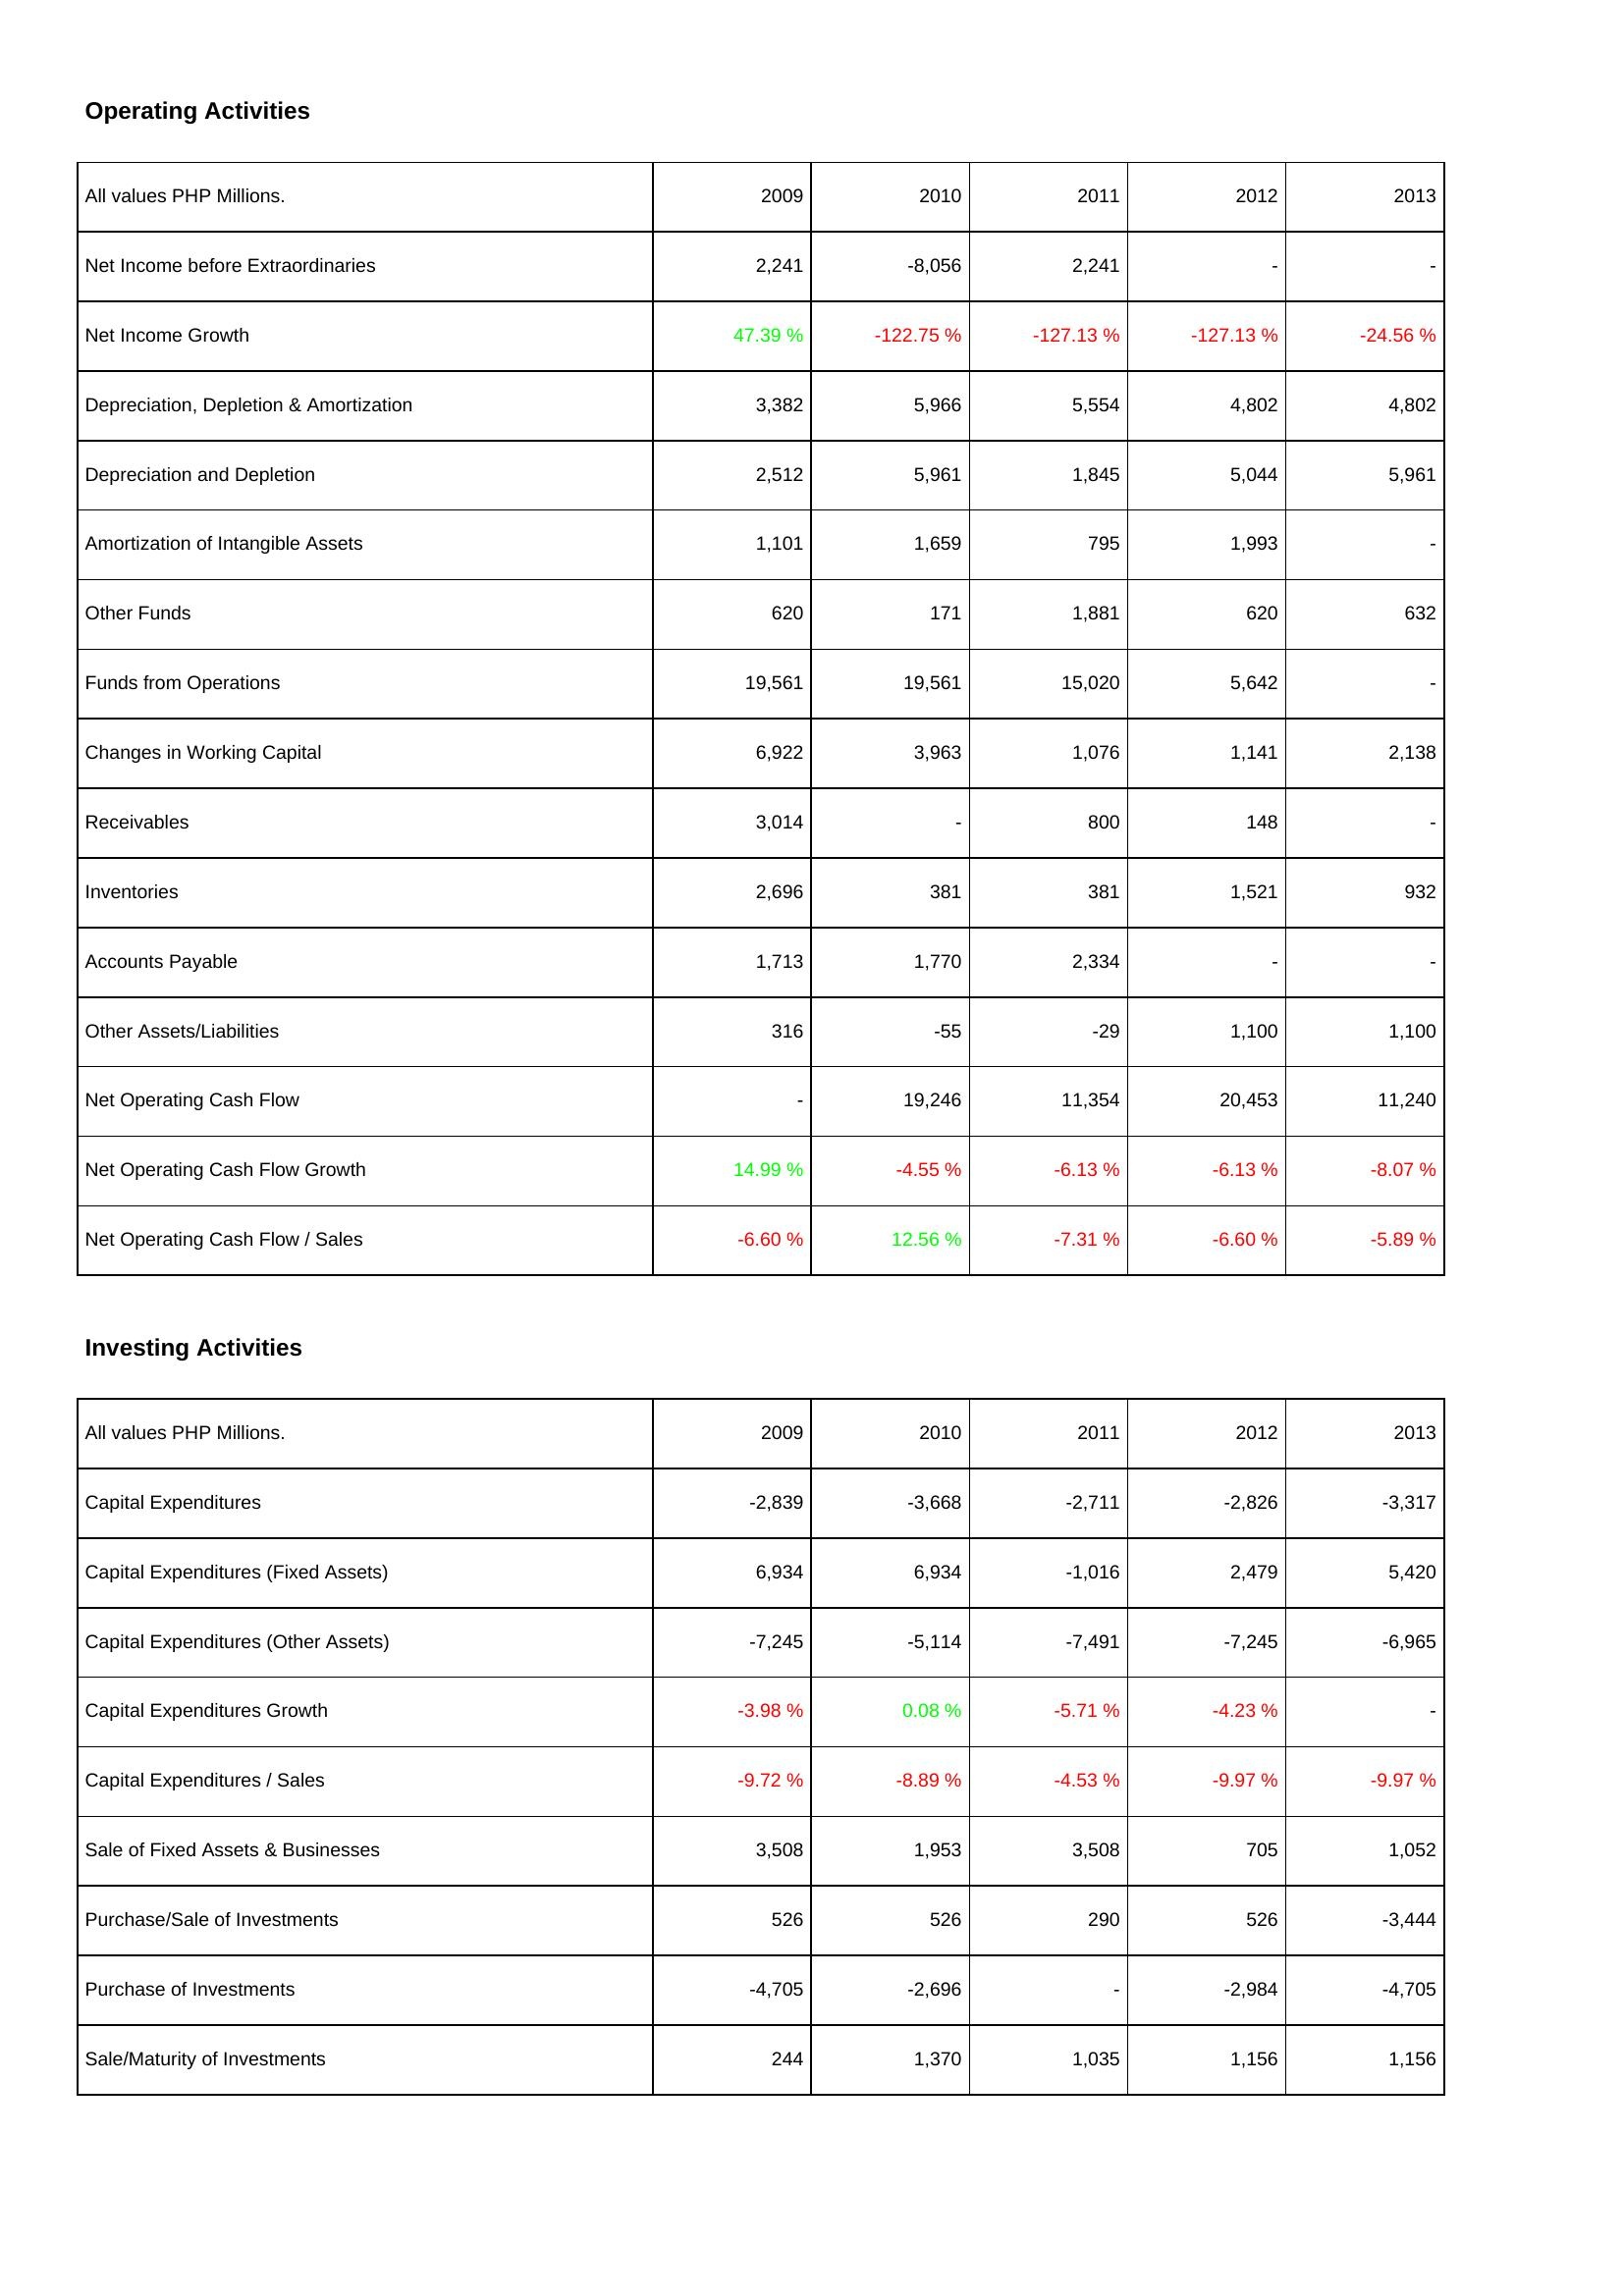
2009: Operating Activities: Net Income before Extraordinaries: 2,241
Net Income Growth: 47.39 %
Depreciation, Depletion & Amortization: 3,382
Depreciation and Depletion: 2,512
Amortization of Intangible Assets: 1,101
Other Funds: 620
Funds from Operations: 19,561
Changes in Working Capital: 6,922
Receivables: 3,014
Inventories: 2,696
Accounts Payable: 1,713
Other Assets/Liabilities: 316
Net Operating Cash Flow: -
Net Operating Cash Flow Growth: 14.99 %
Net Operating Cash Flow / Sales: -6.60 %
Investing Activities: Capital Expenditures: -2,839
Capital Expenditures (Fixed Assets): 6,934
Capital Expenditures (Other Assets): -7,245
Capital Expenditures Growth: -3.98 %
Capital Expenditures / Sales: -9.72 %
Sale of Fixed Assets & Businesses: 3,508
Purchase/Sale of Investments: 526
Purchase of Investments: -4,705
Sale/Maturity of Investments: 244
2010: Operating Activities: Net Income before Extraordinaries: -8,056
Net Income Growth: -122.75 %
Depreciation, Depletion & Amortization: 5,966
Depreciation and Depletion: 5,961
Amortization of Intangible Assets: 1,659
Other Funds: 171
Funds from Operations: 19,561
Changes in Working Capital: 3,963
Receivables: -
Inventories: 381
Accounts Payable: 1,770
Other Assets/Liabilities: -55
Net Operating Cash Flow: 19,246
Net Operating Cash Flow Growth: -4.55 %
Net Operating Cash Flow / Sales: 12.56 %
Investing Activities: Capital Expenditures: -3,668
Capital Expenditures (Fixed Assets): 6,934
Capital Expenditures (Other Assets): -5,114
Capital Expenditures Growth: 0.08 %
Capital Expenditures / Sales: -8.89 %
Sale of Fixed Assets & Businesses: 1,953
Purchase/Sale of Investments: 526
Purchase of Investments: -2,696
Sale/Maturity of Investments: 1,370
2011: Operating Activities: Net Income before Extraordinaries: 2,241
Net Income Growth: -127.13 %
Depreciation, Depletion & Amortization: 5,554
Depreciation and Depletion: 1,845
Amortization of Intangible Assets: 795
Other Funds: 1,881
Funds from Operations: 15,020
Changes in Working Capital: 1,076
Receivables: 800
Inventories: 381
Accounts Payable: 2,334
Other Assets/Liabilities: -29
Net Operating Cash Flow: 11,354
Net Operating Cash Flow Growth: -6.13 %
Net Operating Cash Flow / Sales: -7.31 %
Investing Activities: Capital Expenditures: -2,711
Capital Expenditures (Fixed Assets): -1,016
Capital Expenditures (Other Assets): -7,491
Capital Expenditures Growth: -5.71 %
Capital Expenditures / Sales: -4.53 %
Sale of Fixed Assets & Businesses: 3,508
Purchase/Sale of Investments: 290
Purchase of Investments: -
Sale/Maturity of Investments: 1,035
2012: Operating Activities: Net Income before Extraordinaries: -
Net Income Growth: -127.13 %
Depreciation, Depletion & Amortization: 4,802
Depreciation and Depletion: 5,044
Amortization of Intangible Assets: 1,993
Other Funds: 620
Funds from Operations: 5,642
Changes in Working Capital: 1,141
Receivables: 148
Inventories: 1,521
Accounts Payable: -
Other Assets/Liabilities: 1,100
Net Operating Cash Flow: 20,453
Net Operating Cash Flow Growth: -6.13 %
Net Operating Cash Flow / Sales: -6.60 %
Investing Activities: Capital Expenditures: -2,826
Capital Expenditures (Fixed Assets): 2,479
Capital Expenditures (Other Assets): -7,245
Capital Expenditures Growth: -4.23 %
Capital Expenditures / Sales: -9.97 %
Sale of Fixed Assets & Businesses: 705
Purchase/Sale of Investments: 526
Purchase of Investments: -2,984
Sale/Maturity of Investments: 1,156
2013: Operating Activities: Net Income before Extraordinaries: -
Net Income Growth: -24.56 %
Depreciation, Depletion & Amortization: 4,802
Depreciation and Depletion: 5,961
Amortization of Intangible Assets: -
Other Funds: 632
Funds from Operations: -
Changes in Working Capital: 2,138
Receivables: -
Inventories: 932
Accounts Payable: -
Other Assets/Liabilities: 1,100
Net Operating Cash Flow: 11,240
Net Operating Cash Flow Growth: -8.07 %
Net Operating Cash Flow / Sales: -5.89 %
Investing Activities: Capital Expenditures: -3,317
Capital Expenditures (Fixed Assets): 5,420
Capital Expenditures (Other Assets): -6,965
Capital Expenditures Growth: -
Capital Expenditures / Sales: -9.97 %
Sale of Fixed Assets & Businesses: 1,052
Purchase/Sale of Investments: -3,444
Purchase of Investments: -4,705
Sale/Maturity of Investments: 1,156